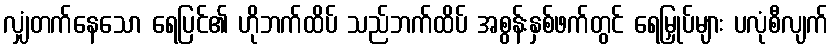
လျှံတက်နေသော ရေပြင်၏ ဟိုဘက်ထိပ် သည်ဘက်ထိပ် အစွန်းနှစ်ဖက်တွင် ရေမြှုပ်များ ပလုံစီလျက်